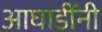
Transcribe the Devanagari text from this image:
आघाडींनी